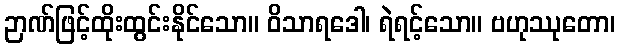
ဉာဏ်ဖြင့်ထိုးထွင်းနိုင်သော။ ဝိသာရဒေါ၊ ရဲရင့်သော။ ဗဟုဿုတော၊